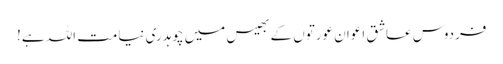
فردوس عاشق اعوان عورتوں کے بھیس میں چوہدری نیامت اللہ ہے!